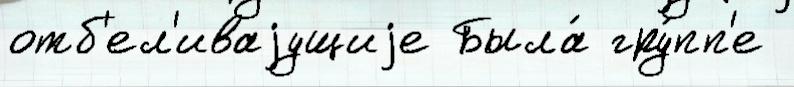
отб'ел'иваjущиjе Была́ гру́пп'е